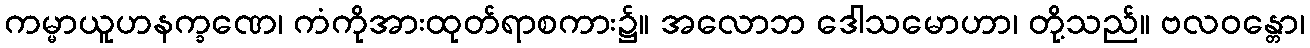
ကမ္မာယူဟနက္ခဏေ၊ ကံကိုအားထုတ်ရာစကား၌။ အလောဘ ဒေါသမောဟာ၊ တို့သည်။ ဗလဝန္တော၊